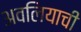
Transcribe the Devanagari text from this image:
अवलियाची